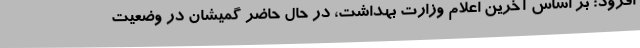
افزود: بر اساس آخرین اعلام وزارت بهداشت، در حال حاضر گمیشان در وضعیت